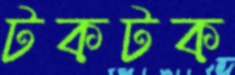
টকটক